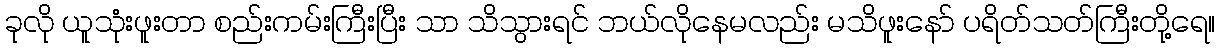
ခုလို ယူသုံးဖူးတာ စည်းကမ်းကြီးပြီး သာ သိသွားရင် ဘယ်လိုနေမလည်း မသိဖူးနော် ပရိတ်သတ်ကြီးတို့ရေ။